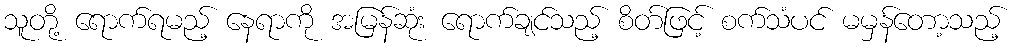
သူတို့ ရောက်ရမည့် နေရာကို အမြန်ဆုံး ရောက်ချင်သည့် စိတ်ဖြင့် စက်သံပင် မမှန်တော့သည့်